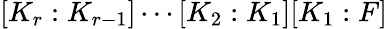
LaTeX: [K_{r}:K_{r-1}]\cdots[K_{2}:K_{1}][K_{1}:F]